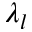
\lambda _ { l }